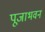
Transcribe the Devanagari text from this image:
पूजाभवन